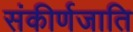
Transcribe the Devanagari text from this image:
संकीर्णजाति